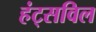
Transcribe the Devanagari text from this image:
हंट्सविल